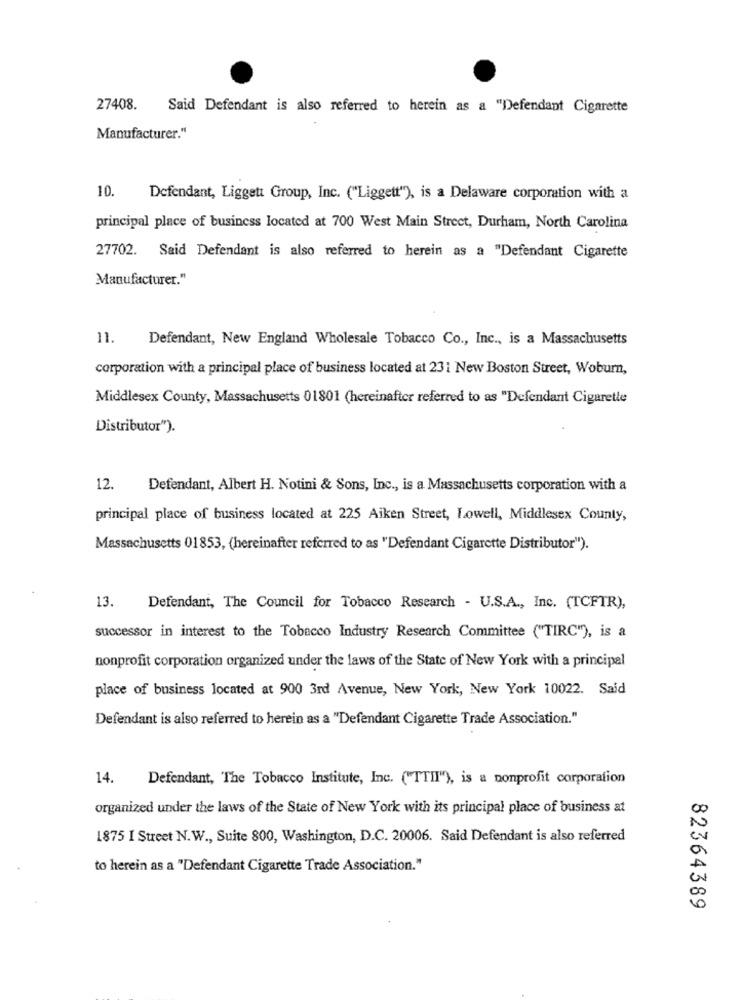
27408.
Said Defendant is also referred to herein as a "Defendant Cigarette
Manufacturer."
10.
Defendant, Liggett Group, Inc. ("Liggett"), is a Delaware corporation with a
principal place of business located at 700 West Main Street, Durham, North Carolina
27702. Said Defendant is also referred to herein as a "Defendant Cigarette
Manufacturer."
11. Defendant, New England Wholesale Tobacco Co ., Inc ., is a Massachusetts
corporation with a principal place of business located at 231 New Boston Street, Woburn,
Middlesex County, Massachusetts 01801 (hereinafter referred to as "Defendant Cigarette
Distributor").
12.
Defendant, Albert H. Notini & Sons, Inc ., is a Massachusetts corporation with a
principal place of business located at 225 Aiken Street, Lowell, Middlesex County,
Massachusetts 01853, (hereinafter referred to as "Defendant Cigarette Distributor").
13.
Defendant, The Council for Tobacco Research - U.S.A ., Inc. (TCFTR),
successor in interest to the Tobacco Industry Research Committee ("TIRC"), is a
nonprofit corporation organized under the laws of the State of New York with a principal
place of business located at 900 3rd Avenue, New York, New York 10022. Said
Defendant is also referred to herein as a "Defendant Cigarette Trade Association."
14. Defendant, The Tobacco Institute, Inc. ("TTII"), is a nonprofit corporation
organized under the laws of the State of New York with its principal place of business at
1875 I Street N.W ., Suite 800, Washington, D.C. 20006. Said Defendant is also referred
a
to herein as a "Defendant Cigarette Trade Association."
00
82364389